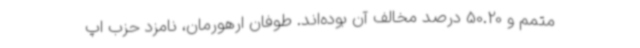
متمم و 50.20 درصد مخالف آن بوده‌اند. طوفان ارهورمان، نامزد حزب اپ